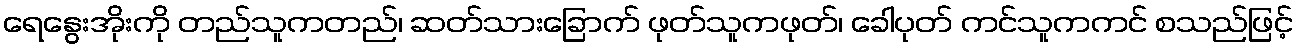
ရေနွေးအိုးကို တည်သူကတည်၊ ဆတ်သားခြောက် ဖုတ်သူကဖုတ်၊ ခေါပုတ် ကင်သူကကင် စသည်ဖြင့်